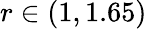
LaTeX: r\in(1,1.65)